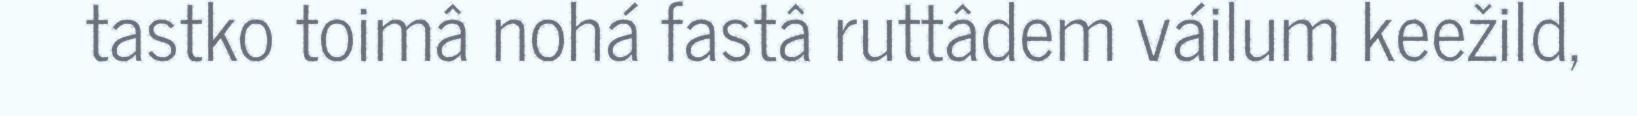
tastko toimâ nohá fastâ ruttâdem váilum keežild,